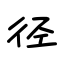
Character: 径